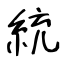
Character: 統